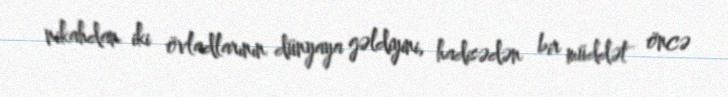
nikahdan iki övladlarının dünyaya gəldiyini, hadisədən bir müddət öncə